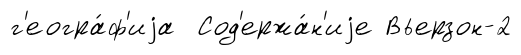
г'еогра́ф'иjа Сод'ержа́н'иjе Вьерзон-2